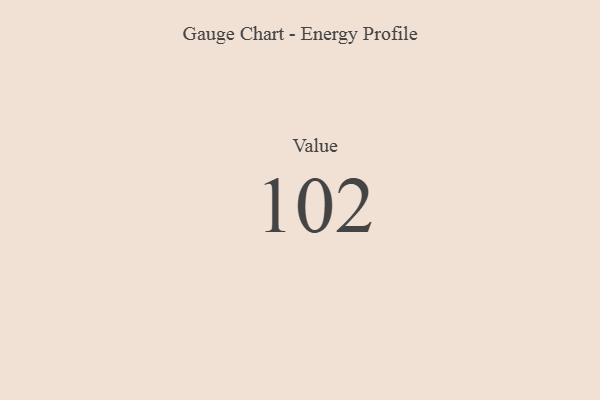
{"axis": {"x": "Metric", "y": "Value"}, "legend": [""], "data": [{"x": "Value", "y": 102, "type": ""}]}